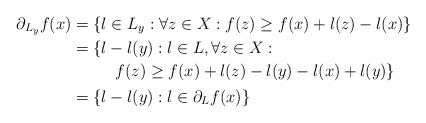
\begin{align*} \partial_{L_y} f(x) &= \{l\in L_y: \forall z\in X: f(z)\geq f(x) + l(z) - l(x)\} \\ &= \{\begin{multlined}[t]l-l(y): l\in L, \forall z\in X:\\f(z)\geq f(x) + l(z) - l(y) - l(x) + l(y)\}\end{multlined} \\ &= \{l-l(y): l\in \partial_L f(x)\} \end{align*}